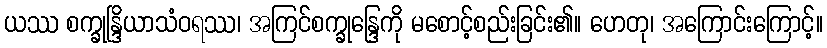
ယဿ စက္ခုန္ဒြိယာသံဝရဿ၊ အကြင်စက္ခုန္ဒြေကို မစောင့်စည်းခြင်း၏။ ဟေတု၊ အကြောင်းကြောင့်။